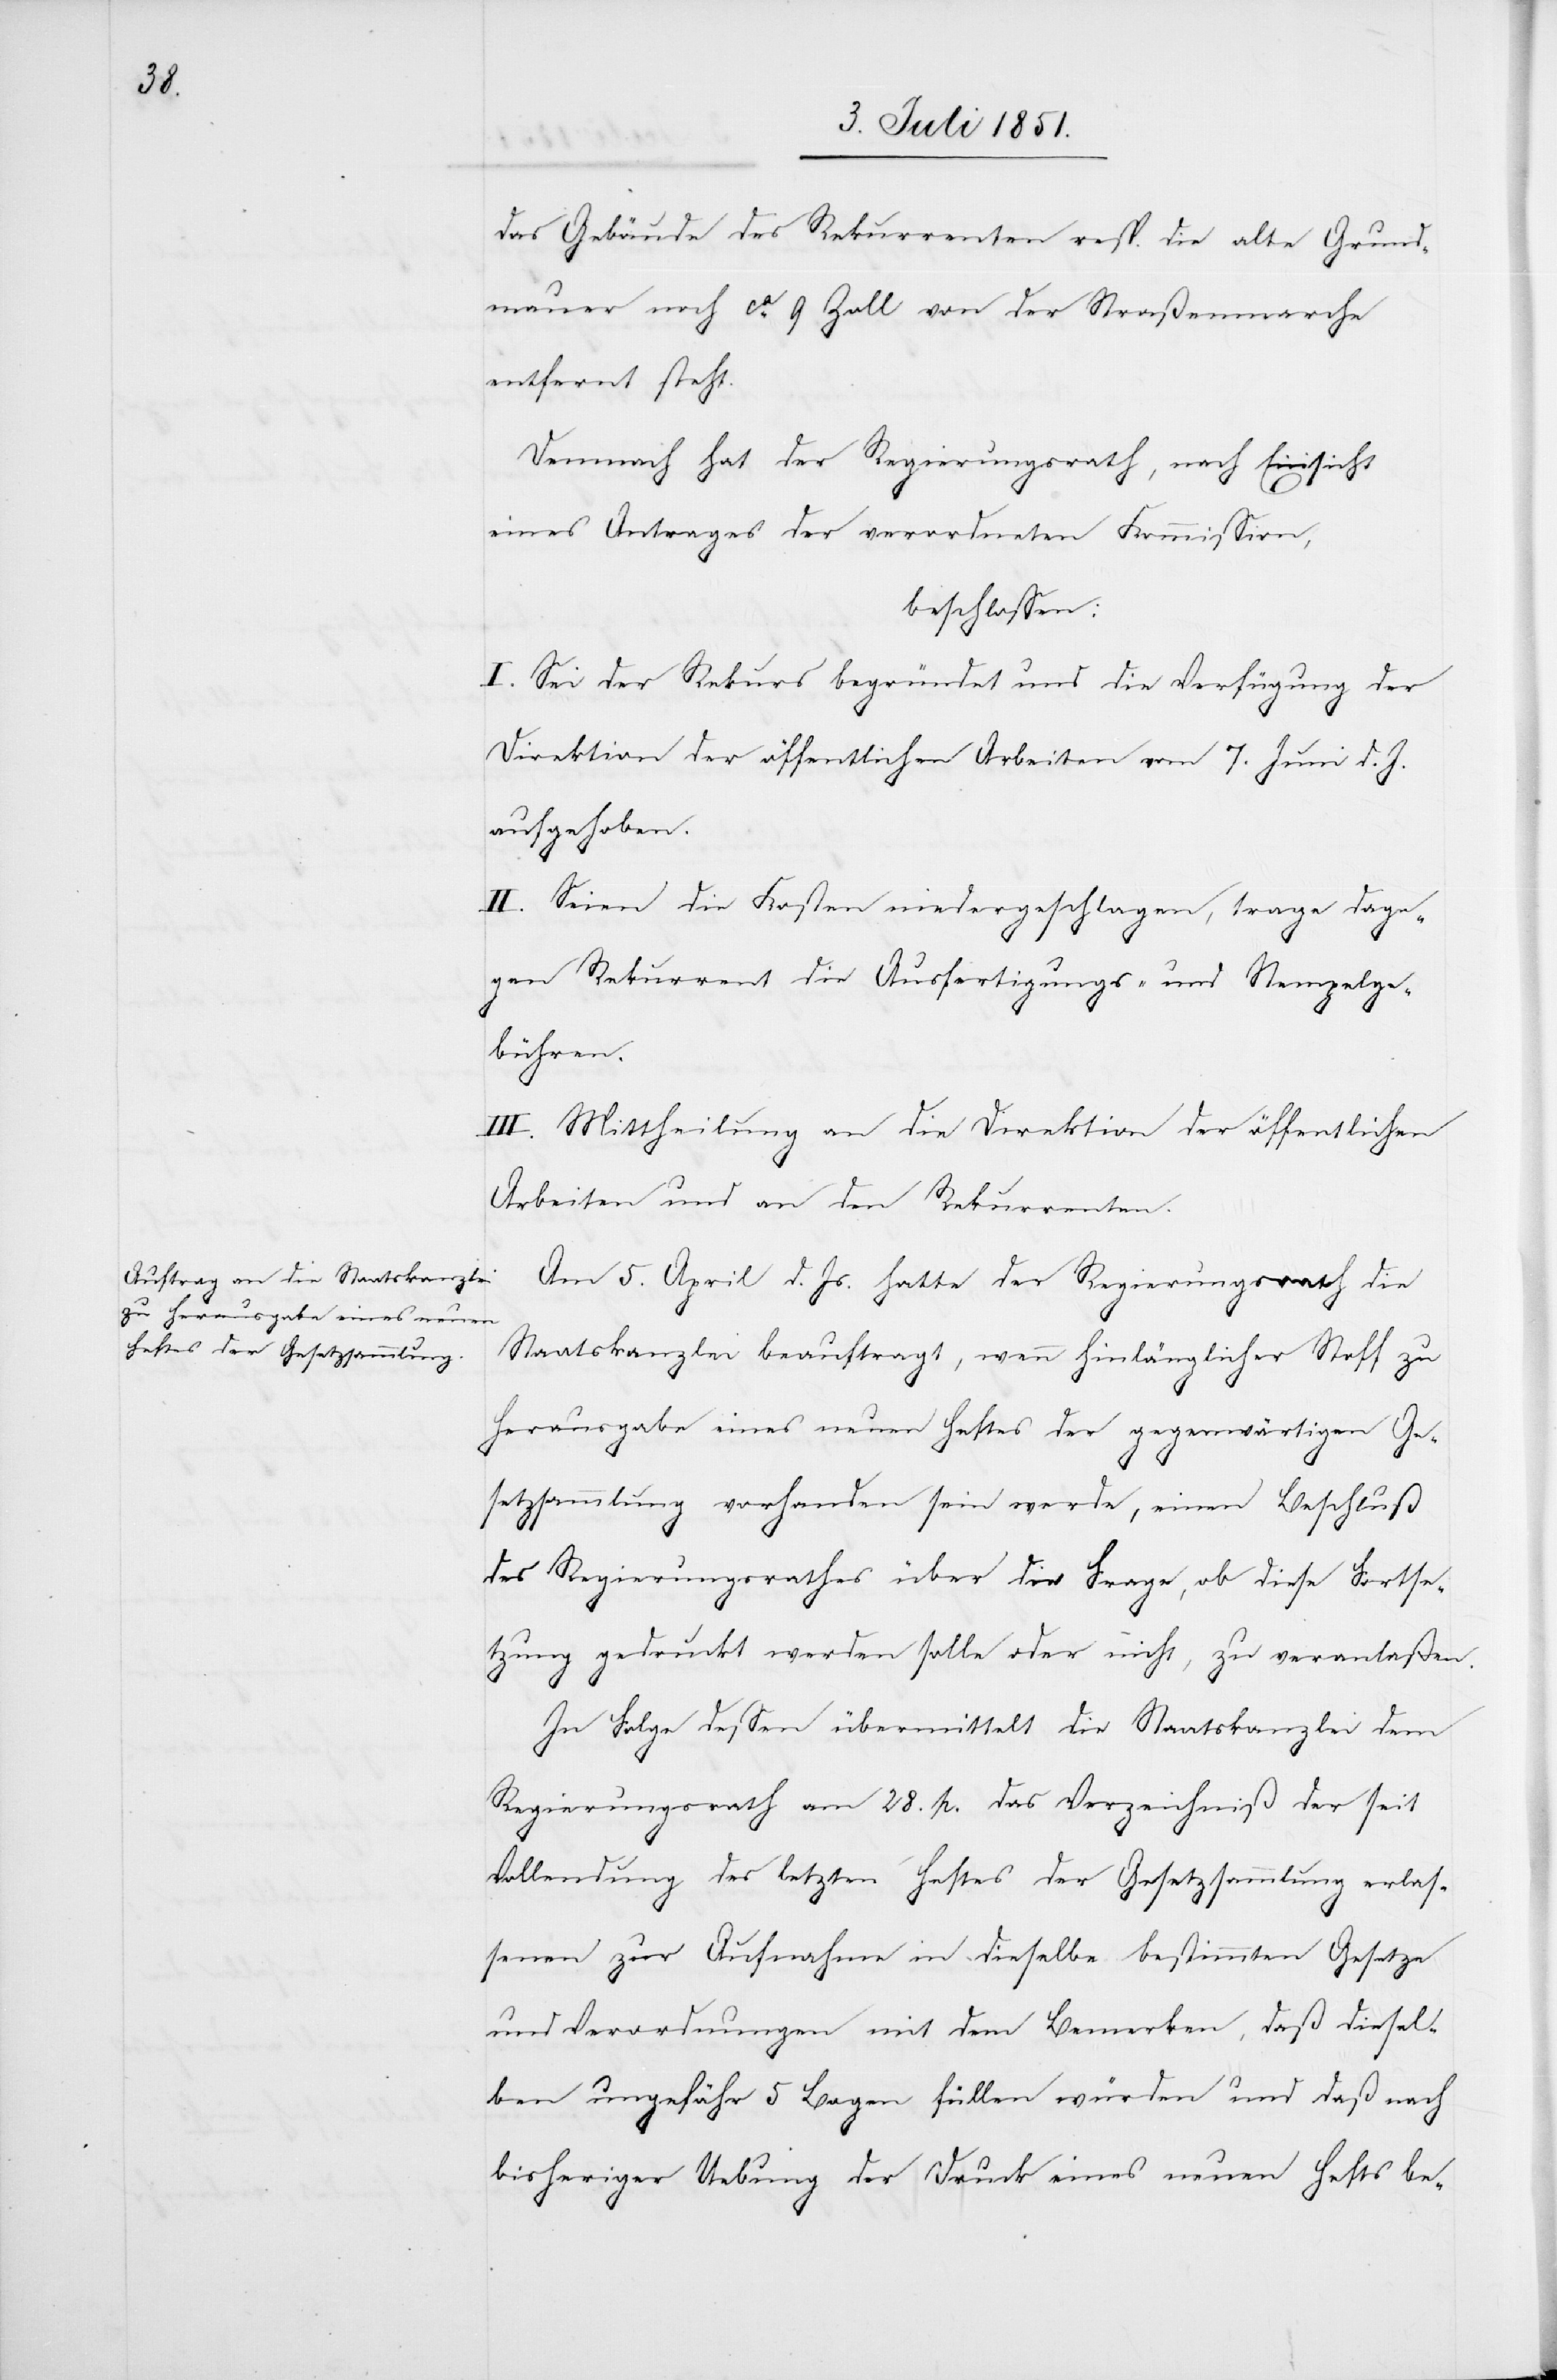
das Gebäude des Rekurrenten resp. die alte Grund¬
mauer noch ca. 9 Zoll von der Straßenmarche
entfernt steht.
Demnach hat der Regierungsrath, nach Einsicht
eines Antrages der verordneten Kommission,
beschlossen:
I. Sei der Rekurs begründet und die Verfügung der
Direktion der öffentlichen Arbeiten vom 7. Juni d. J.
aufgehoben.
II. Seien die Kosten niedergeschlagen, trage dage¬
gen Rekurrent die Ausfertigungs- und Stempelge¬
bühren.
III. Mittheilung an die Direktion der öffentlichen
Arbeiten und an den Rekurrenten.
Am 5. April d. Js. hatte der Regierungsrath die
Staatskanzlei beauftragt, wenn hinlänglicher Stoff zu
Herausgabe eines neuen Heftes der gegenwärtigen Ge¬
setzsammlung vorhanden sein werde, einen Beschluß
des Regierungsrathes über die Frage, ob diese Fortse¬
tzung gedruckt werden solle oder nicht, zu veranlaßen.
In Folge dessen übermittelt die Staatskanzlei dem
Regierungsrath am 28. p. das Verzeichniß der seit
Vollendung des letzten Heftes der Gesetzsammlung erlas¬
senen zur Aufnahme in dieselbe bestimmten Gesetze
und Verordnungen mit dem Bemerken, daß diesel¬
ben ungefähr 5 Bogen füllen würden und daß nach
bisheriger Uebung der Druck eines neuen Hefts be-